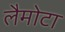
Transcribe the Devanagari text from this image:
लैमोटा